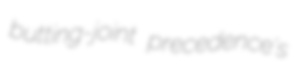
butting-joint precedence's